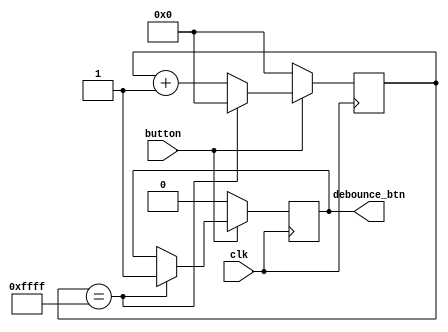
`timescale 1ns / 1ps
//////////////////////////////////////////////////////////////////////////////////
// Company: 
// Engineer: 
// 
// Design Name: 
// Module Name:    debouncer 
// Project Name: 
// Target Devices: 
// Tool versions: 
// Description: 
//
// Dependencies: 
//
// Revision: 
// Revision 0.01 - File Created
// Additional Comments: 
//
//////////////////////////////////////////////////////////////////////////////////
module debouncer(input clk,
						input button,
						output debounce_btn);
	
	reg clean_btn = 0;
	assign debounce_btn = clean_btn;
	
	reg[15:0] counter;
	
	always @ (posedge clk) begin
			if (button == 1) begin //if the button is pressed, increment a counter
				counter <= counter + 1;
				
				if(counter == 16'hffff) begin //if counter reaches the max value, it means the button has been pressed for a while.
					clean_btn <= 1;
					counter <= 0;
				end
			end
			else begin //otherwise reset the counter
				clean_btn <= 0;
				counter <= 0;
			end
	end

endmodule